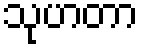
သုဟတာ